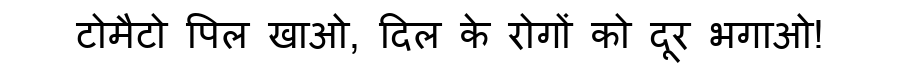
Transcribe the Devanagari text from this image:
टोमैटो पिल खाओ, दिल के रोगों को दूर भगाओ!